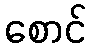
စောင်